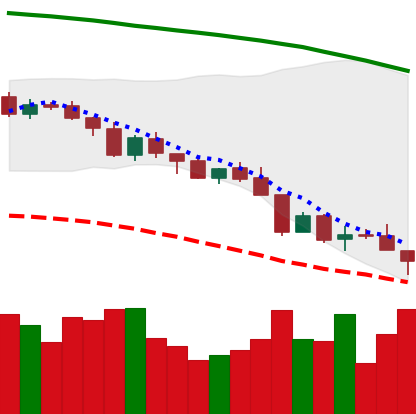
Ticker: XMR-USD
Chart end date: 2018-08-14
Forward return: 16.923%
Label: up_7plus